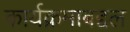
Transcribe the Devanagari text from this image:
कार्यक्रमाबद्दल